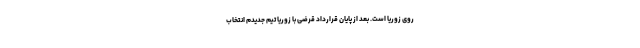
روی زوریا است. بعد از پایان قرارداد قرضی با زوریا تیم جدیدم انتخاب